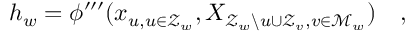
h _ { w } = \phi ^ { \prime \prime \prime } ( x _ { u , u \in \mathcal { Z } _ { w } } , X _ { \mathcal { Z } _ { w } \backslash u \cup \mathcal { Z } _ { v } , v \in \mathcal { M } _ { w } } ) \quad ,